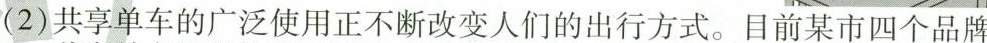
(2)共享单车的广泛使用正不断改变人们的出行方式。目前某市四个品牌